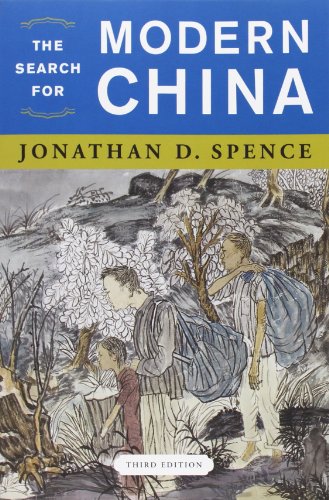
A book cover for The Search for Modern China (Third Edition); Jonathan D. Spence; History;